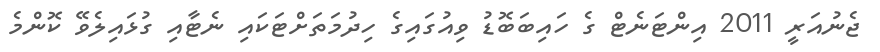
ޖެނުއަރީ 2011 އިންޓަނެޓް ގެ ހައިބަބޮޑު ވިއުގައިގެ ހިދުމަތަށްޓަކައި ނެޓާއި ގުޅައިލެވޭ ކޮންމެ